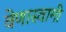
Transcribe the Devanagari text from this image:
वेणास्वामी